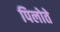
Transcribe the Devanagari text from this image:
पिलोते